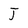
Character: J